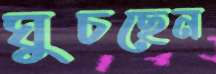
ঘুচছেন